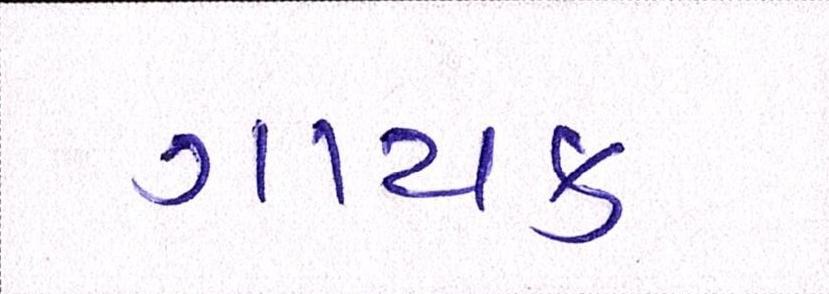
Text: ગાયક